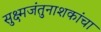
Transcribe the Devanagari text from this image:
सुक्ष्मजंतुनाशकांचा